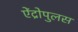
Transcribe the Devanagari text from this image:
ऐंद्रोपुलस